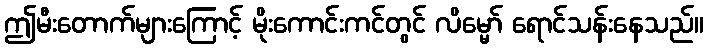
ဤမီးတောက်များကြောင့် မိုးကောင်းကင်တွင် လိမ္မော် ရောင်သန်းနေသည်။